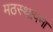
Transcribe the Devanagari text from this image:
मठस्थापना